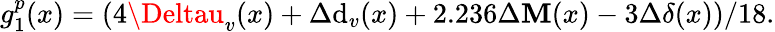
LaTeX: g_{1}^{p}(x)=(4\Deltau_{v}(x)+\Delta\mathrm{d}_{v}(x)+2.236\Delta\mathbf{M}(x)-3\Delta\delta(x))/18.